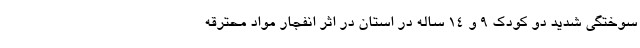
سوختگی شدید دو کودک ۹ و ۱۴ ساله در استان در اثر انفجار مواد محترقه